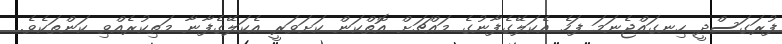
ފުރަގަސްދީ ހިނގައްޖެނަމަ ފަހެ އެކަލޭގެފާނުގެ މައްޗަށް އޮތްކަން ކަށަވަރީ އެކަލޭގެފާނާ މަތިކުރެއްވި ކަންތަކެވެ.